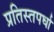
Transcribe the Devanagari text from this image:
प्रतिस्तपर्धा